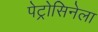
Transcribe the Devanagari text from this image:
पेट्रोसिनेला